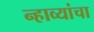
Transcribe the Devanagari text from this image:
न्हाव्यांचा